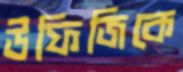
উফিজিকে